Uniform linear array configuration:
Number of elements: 64
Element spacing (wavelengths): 0.25
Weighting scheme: exponential
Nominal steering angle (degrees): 30
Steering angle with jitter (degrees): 30.36
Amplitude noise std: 0.05
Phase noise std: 0.05

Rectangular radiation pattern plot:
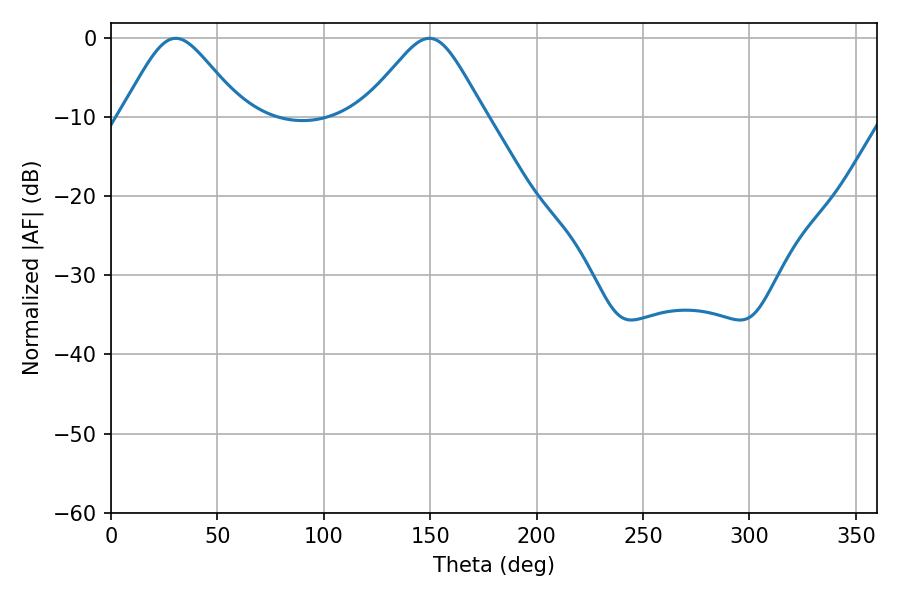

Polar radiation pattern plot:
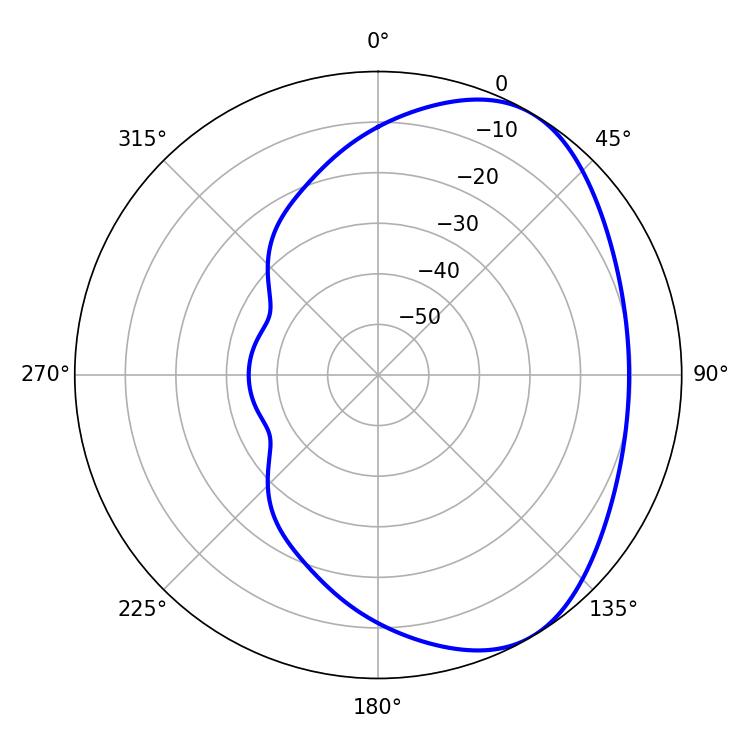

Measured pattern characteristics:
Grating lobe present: FALSE
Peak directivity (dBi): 4.786
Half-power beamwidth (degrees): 27.54
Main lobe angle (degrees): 30.42